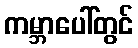
ကမ္ဘာပေါ်တွင်